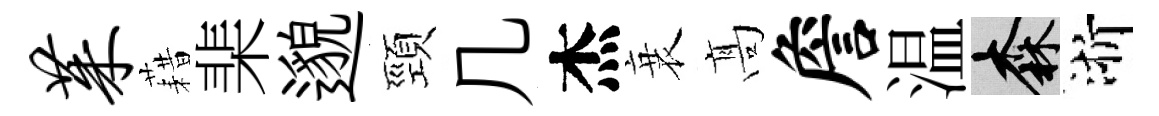
茱藉棐邈頸几杰衰髙詹温森浙